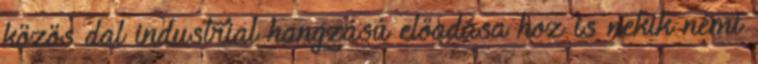
közös dal industrial hangzású előadása hoz is nekik némi